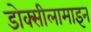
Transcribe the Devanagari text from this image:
डोक्सीलामाइन